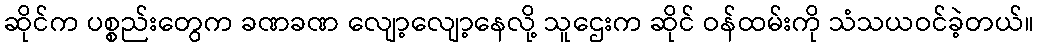
ဆိုင်က ပစ္စည်းတွေက ခဏခဏ လျော့လျော့နေလို့ သူဌေးက ဆိုင် ဝန်ထမ်းကို သံသယဝင်ခဲ့တယ်။